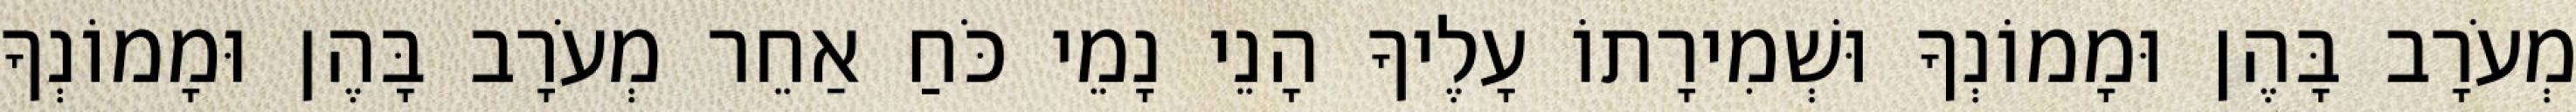
מְעֹרָב בָּהֶן וּמָמוֹנְךָ וּשְׁמִירָתוֹ עָלֶיךָ הָנֵי נָמֵי כֹּחַ אַחֵר מְעֹרָב בָּהֶן וּמָמוֹנְךָ